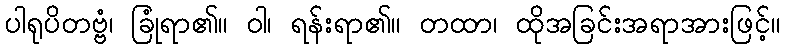
ပါရုပိတဗ္ဗံ၊ ခြုံရာ၏။ ဝါ၊ ရန်းရာ၏။ တထာ၊ ထိုအခြင်းအရာအားဖြင့်။